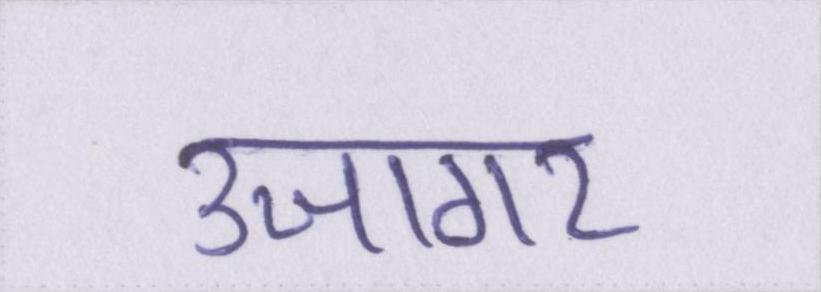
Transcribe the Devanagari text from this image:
उजागर